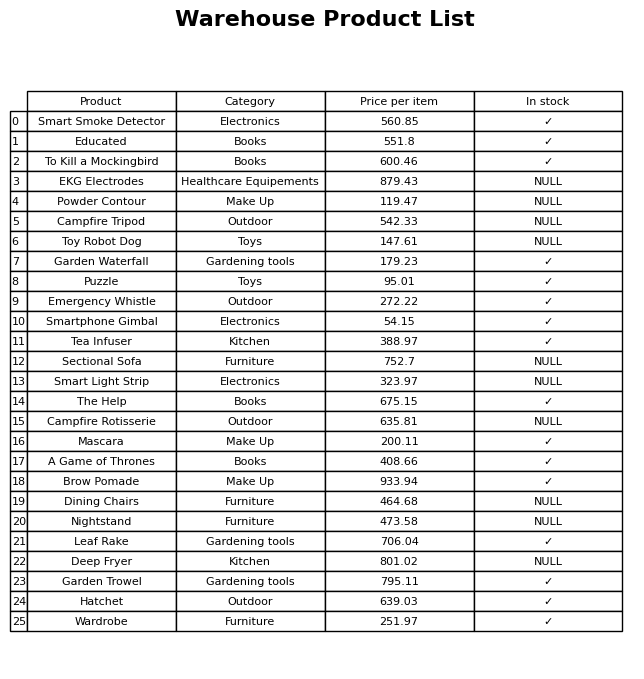
question: What is the price of the The Help?
answer: The price of The Help is 675.15.